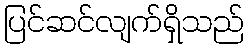
ပြင်ဆင်လျက်ရှိသည်